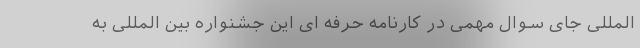
المللی جای سوال مهمی در کارنامه حرفه ای این جشنواره بین المللی به